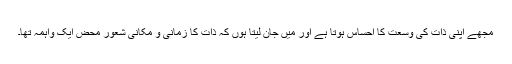
مجھے اپنی ذات کی وسعت کا احساس ہوتا ہے اور میں جان لیتا ہوں کہ ذات کا زمانی و مکانی شعور محض ایک واہمہ تھا۔